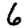
Digit: 6